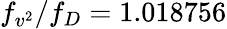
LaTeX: f_{v^{2}}/f_{D}=1.018756